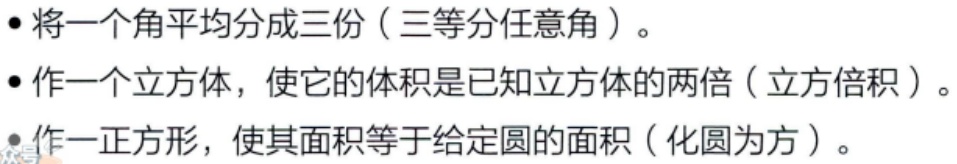
- 将一个角平均分成三份（三等分任意角）。
- 作一个立方体，使它的体积是已知立方体的两倍（立方倍积）。
- 作一正方形，使其面积等于给定圆的面积（化圆为方）。